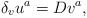
\begin{align*}\delta_{v} u^a = D v ^a,\end{align*}